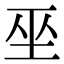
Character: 𭘆